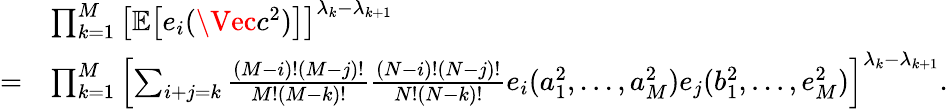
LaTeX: \begin{array}{rl}&{\prod_{k=1}^{M}\left[\mathbb{E}\big[e_{i}(\Vec{c^{2}})\big]\right]^{\lambda_{k}-\lambda_{k+1}}}\\ {=}&{\prod_{k=1}^{M}\left[\sum_{i+j=k}\frac{(M-i)!(M-j)!}{M!(M-k)!}\frac{(N-i)!(N-j)!}{N!(N-k)!}e_{i}(a_{1}^{2},...,a_{M}^{2})e_{j}(b_{1}^{2},...,e_{M}^{2})\right]^{\lambda_{k}-\lambda_{k+1}}.}\end{array}